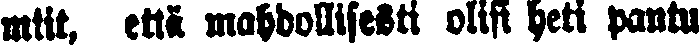
mtit, etti mahdollisesti olisi heti pantu